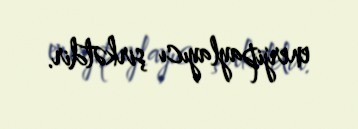
enerjipaylayıcı şirkətdir.